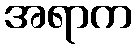
အရာက